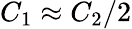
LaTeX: C_{1}\approx C_{2}/2